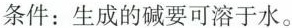
条件：生成的碱要可溶于水。